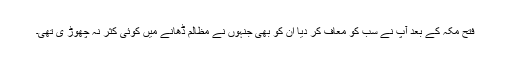
فتح مکہ کے بعد آپ نے سب کو معاف کر دیا ان کو بھی جنہوں نے مظالم ڈھانے میں کوئی کثر نہ چھوڑ ی تھی۔